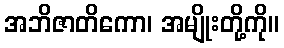
အဘိဇာတိကော၊ အမျိုးတို့ကို။